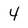
Character: 4